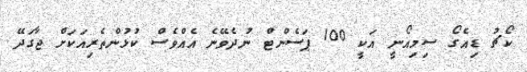
ކޯޗު ޑިއެގޯ ސިމިއޯނީ އަކީ 100 ޕަސެންޓް ނުދެވޭނެ އެއްވެސް ކުޅުންތެރިއަކަށް ޖާގަދޭ